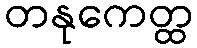
တနုကေတ္ထ